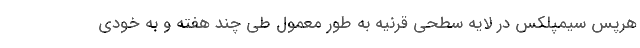
هرپس سیمپلکس در لایه سطحی قرنیه به طور معمول طی چند هفته و به خودی